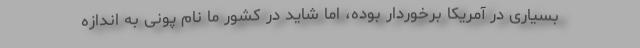
بسیاری در آمریکا برخوردار بوده، اما شاید در کشور ما نام پونی به اندازه